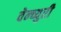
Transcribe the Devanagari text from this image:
वेन्च्युरी